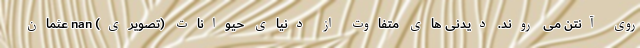
روی آنتن می روند. دیدنی های متفاوت از دنیای حیوانات (تصویری) nan عثمان